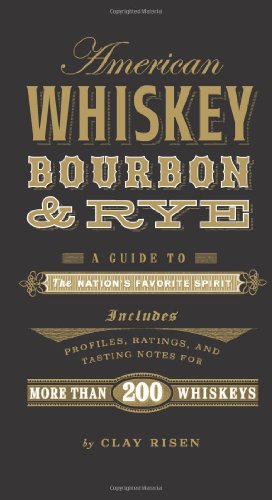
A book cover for American Whiskey, Bourbon & Rye: A Guide to the NationEEs Favorite Spirit; Clay Risen; Cookbooks, Food & Wine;